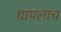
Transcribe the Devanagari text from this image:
द्यायलाच